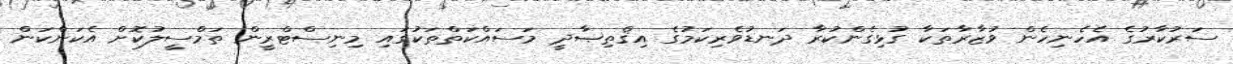
ސަރުކާރުގެ އެހެނިހެން ވުޒާރާތަކާ ގުޅިގެންކުރާ ދަނޑުވެރިކަމުގެ އިޤްތިޞާދީ މަސައްކަތްތަކުގައި މިނިސްޓްރީން ތަމްސީލުކޮށް އެކަންކަން